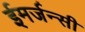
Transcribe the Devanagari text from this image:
ईमर्जन्सी